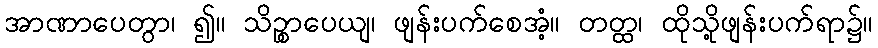
အာဏာပေတွာ၊ ၍။ သိဉ္စာပေယျ၊ ဖျန်းပက်စေအံ့။ တတ္ထ၊ ထိုသို့ဖျန်းပက်ရာ၌။